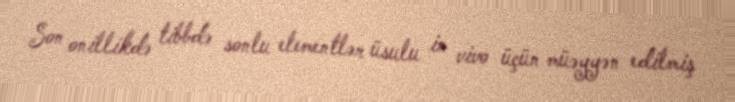
Son onillikdə tibbdə sonlu elementlər üsulu in vivo üçün müəyyən edilmiş